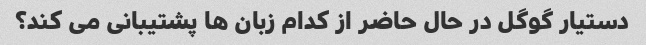
دستیار گوگل در حال حاضر از کدام زبان ها پشتیبانی می کند؟